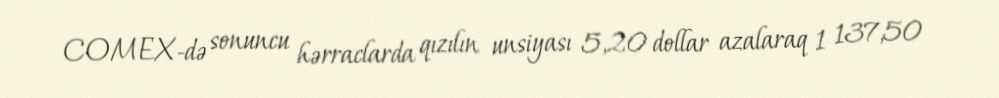
COMEX-də sonuncu hərraclarda qızılın unsiyası 5,20 dollar azalaraq 1 137,50